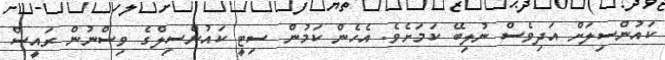
ކައުންސިލަށް އަދިވެސް ނުލިބޭ ކަމަށެވެ. އެހެން ކަމުން ސިޓީ ކައުންސިލްގެ ވިސްނުން ރައީސް